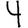
Digit: 4